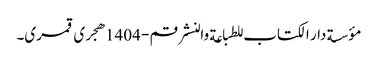
مؤسسة دار الکتاب للطباعة والنشر قم - 1404هجری قمری۔